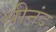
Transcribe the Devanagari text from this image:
श्रीनंद